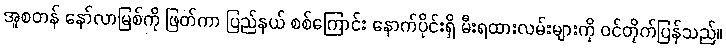
အူစတန် နော်လာမြစ်ကို ဖြတ်ကာ ပြည်နယ် စစ်ကြောင်း နောက်ပိုင်းရှိ မီးရထားလမ်းများကို ဝင်တိုက်ပြန်သည်။